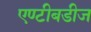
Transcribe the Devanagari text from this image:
एण्टीबडीज